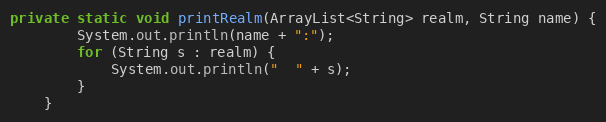
Language: Java
private static void printRealm(ArrayList<String> realm, String name) {
        System.out.println(name + ":");
        for (String s : realm) {
            System.out.println("  " + s);
        }
    }